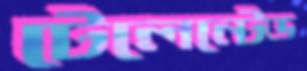
টেলেন্টেড